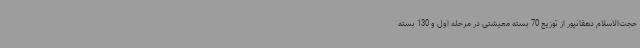
حجت‌الاسلام دهقانپور از توزیع 70 بسته معیشتی در مرحله اول و 130 بسته